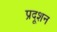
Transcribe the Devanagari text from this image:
प्रदूशन